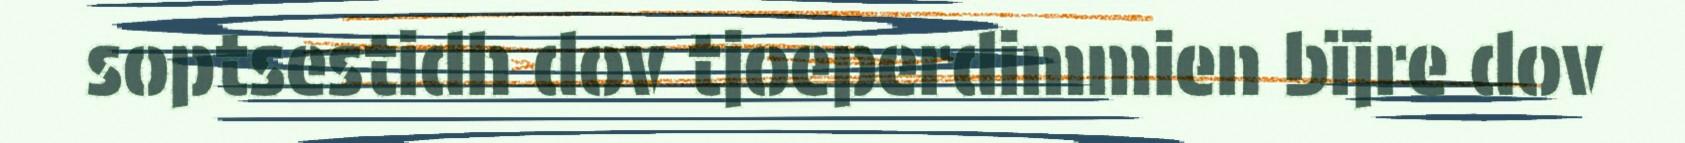
soptsestidh dov tjoeperdimmien bïjre dov